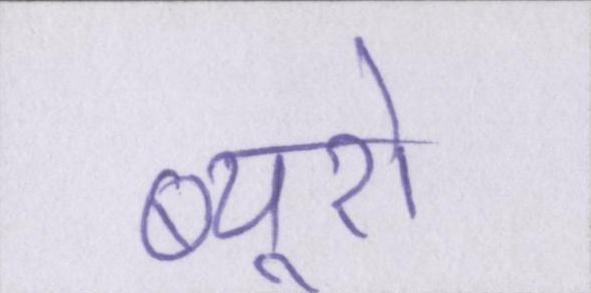
ब्यूरो